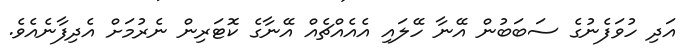
އަދި ހުވަފެނުގެ ސަބަބުން އޭނާ ހޭލައި އެއެއްޗެއް އޭނާގެ ކޮޓަރިން ނެރުމަށް އެދިފާނެއެވެ.